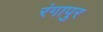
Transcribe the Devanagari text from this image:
रंगापुर